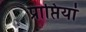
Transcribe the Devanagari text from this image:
प्राप्तियां